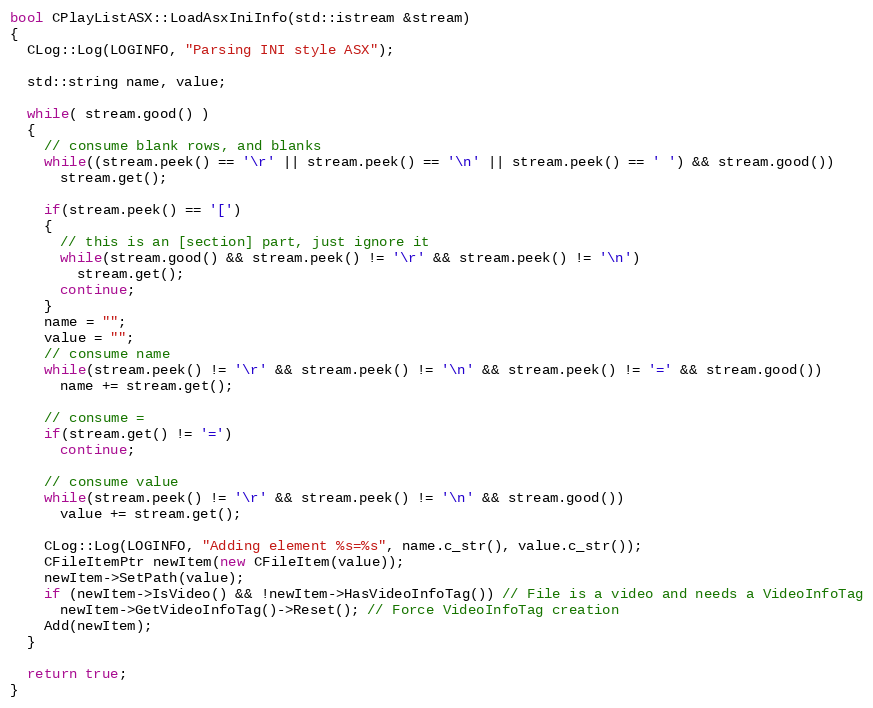
Language: C++
bool CPlayListASX::LoadAsxIniInfo(std::istream &stream)
{
  CLog::Log(LOGINFO, "Parsing INI style ASX");

  std::string name, value;

  while( stream.good() )
  {
    // consume blank rows, and blanks
    while((stream.peek() == '\r' || stream.peek() == '\n' || stream.peek() == ' ') && stream.good())
      stream.get();

    if(stream.peek() == '[')
    {
      // this is an [section] part, just ignore it
      while(stream.good() && stream.peek() != '\r' && stream.peek() != '\n')
        stream.get();
      continue;
    }
    name = "";
    value = "";
    // consume name
    while(stream.peek() != '\r' && stream.peek() != '\n' && stream.peek() != '=' && stream.good())
      name += stream.get();

    // consume =
    if(stream.get() != '=')
      continue;

    // consume value
    while(stream.peek() != '\r' && stream.peek() != '\n' && stream.good())
      value += stream.get();

    CLog::Log(LOGINFO, "Adding element %s=%s", name.c_str(), value.c_str());
    CFileItemPtr newItem(new CFileItem(value));
    newItem->SetPath(value);
    if (newItem->IsVideo() && !newItem->HasVideoInfoTag()) // File is a video and needs a VideoInfoTag
      newItem->GetVideoInfoTag()->Reset(); // Force VideoInfoTag creation
    Add(newItem);
  }

  return true;
}